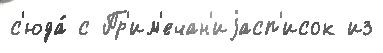
с'юда́ с Пр'им'ечан'иjасп'исок из